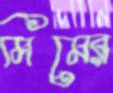
মিমের